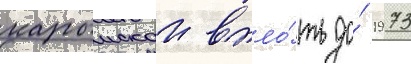
карымскои впло́ть до́ 1973